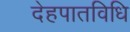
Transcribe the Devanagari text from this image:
देहपातविधि